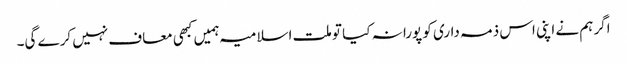
اگر ہم نے اپنی اس ذمہ داری کو پورا نہ کیا تو ملت اسلامیہ ہمیں کبھی معاف نہیں کرے گی۔